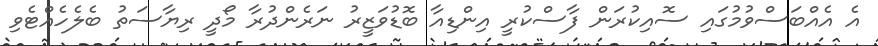
އެ އެއްބަސްވުމުގައި ސޮއިކުރަން ފާސްކުރީ އިންޑިއާ ބޮޑުވަޒީރު ނަރެންދުރާ މޯދީ ރިޔާސަތު ބެލެހެއްޓެވި